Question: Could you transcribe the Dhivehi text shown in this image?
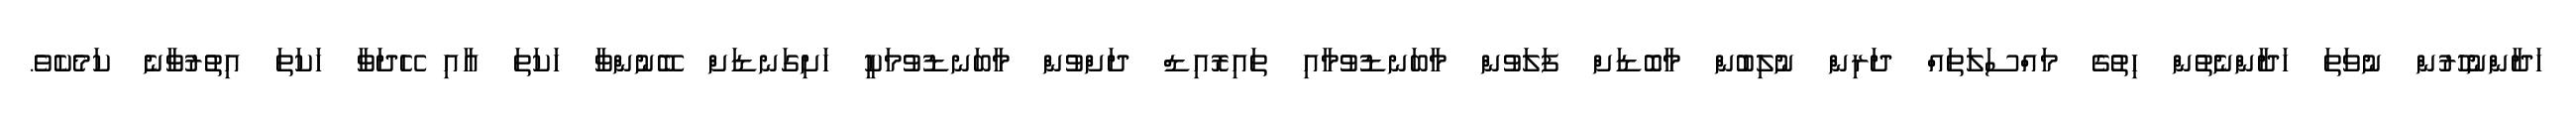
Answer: ހަދާންނުހުރުން ނުވަތަ ހަދާންނެތުން ހިތުގެ މައްސަލަތައް ދަރިން ނުލިބުން މާބޮޑަށް ފަލަވުން މާބަނޑުވުމާއި ތައިރޮއިޑް ދަށްވުން މާބަނޑުވުމަކީ ހަށިގަނޑަށް ބޭނުންވާ ހަކަތަ އާއި ހޭދަވާ ހަކަތަ އިތުރުވާނެ ކަމެކެވެ.